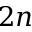
2 n